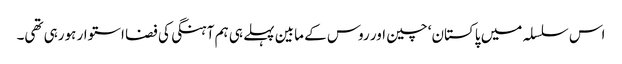
اس سلسلہ میں پاکستان‘ چین اور روس کے مابین پہلے ہی ہم آہنگی کی فضا استوار ہورہی تھی۔